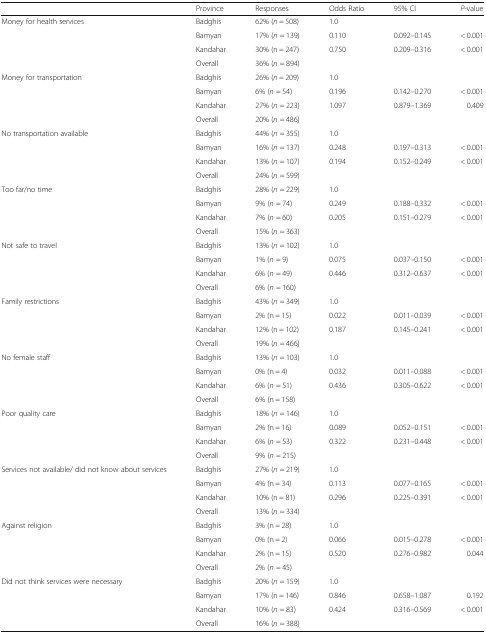
<table><thead><tr><td></td><td><b>Province</b></td><td><b>Responses</b></td><td><b>Odds Ratio</b></td><td><b>95% CI</b></td><td><b><i>P</i>-value</b></td></tr></thead><tbody><tr><td rowspan="4">Money for health services</td><td>Badghis</td><td>62% (<i>n</i> = 508)</td><td>1.0</td><td></td><td></td></tr><tr><td>Bamyan</td><td>17% (<i>n</i> = 139)</td><td>0.110</td><td>0.092–0.145</td><td>&lt; 0.001</td></tr><tr><td>Kandahar</td><td>30% (n = 247)</td><td>0.750</td><td>0.209–0.316</td><td>&lt; 0.001</td></tr><tr><td>Overall</td><td>36% (<i>n</i> = 894)</td><td></td><td></td><td></td></tr><tr><td rowspan="4">Money for transportation</td><td>Badghis</td><td>26% (<i>n</i> = 209)</td><td>1.0</td><td></td><td></td></tr><tr><td>Bamyan</td><td>6% (<i>n</i> = 54)</td><td>0.196</td><td>0.142–0.270</td><td>&lt; 0.001</td></tr><tr><td>Kandahar</td><td>27% (<i>n</i> = 223)</td><td>1.097</td><td>0.879–1.369</td><td>0.409</td></tr><tr><td>Overall</td><td>20% (<i>n</i> = 486)</td><td></td><td></td><td></td></tr><tr><td rowspan="4">No transportation available</td><td>Badghis</td><td>44% (<i>n</i> = 355)</td><td>1.0</td><td></td><td></td></tr><tr><td>Bamyan</td><td>16% (<i>n</i> = 137)</td><td>0.248</td><td>0.197–0.313</td><td>&lt; 0.001</td></tr><tr><td>Kandahar</td><td>13% (<i>n</i> = 107)</td><td>0.194</td><td>0.152–0.249</td><td>&lt; 0.001</td></tr><tr><td>Overall</td><td>24% (<i>n</i> = 599)</td><td></td><td></td><td></td></tr><tr><td rowspan="4">Too far/no time</td><td>Badghis</td><td>28% (<i>n</i> = 229)</td><td>1.0</td><td></td><td></td></tr><tr><td>Bamyan</td><td>9% (<i>n</i> = 74)</td><td>0.249</td><td>0.188–0.332</td><td>&lt; 0.001</td></tr><tr><td>Kandahar</td><td>7% (<i>n</i> = 60)</td><td>0.205</td><td>0.151–0.279</td><td>&lt; 0.001</td></tr><tr><td>Overall</td><td>15% (<i>n</i> = 363)</td><td></td><td></td><td></td></tr><tr><td rowspan="4">Not safe to travel</td><td>Badghis</td><td>13% (<i>n</i> = 102)</td><td>1.0</td><td></td><td></td></tr><tr><td>Bamyan</td><td>1% (<i>n</i> = 9)</td><td>0.075</td><td>0.037–0.150</td><td>&lt; 0.001</td></tr><tr><td>Kandahar</td><td>6% (<i>n</i> = 49)</td><td>0.446</td><td>0.312–0.637</td><td>&lt; 0.001</td></tr><tr><td>Overall</td><td>6% (<i>n</i> = 160)</td><td></td><td></td><td></td></tr><tr><td rowspan="4">Family restrictions</td><td>Badghis</td><td>43% (<i>n</i> = 349)</td><td>1.0</td><td></td><td></td></tr><tr><td>Bamyan</td><td>2% (n = 15)</td><td>0.022</td><td>0.011–0.039</td><td>&lt; 0.001</td></tr><tr><td>Kandahar</td><td>12% (n = 102)</td><td>0.187</td><td>0.145–0.241</td><td>&lt; 0.001</td></tr><tr><td>Overall</td><td>19% (<i>n</i> = 466)</td><td></td><td></td><td></td></tr><tr><td rowspan="4">No female staff</td><td>Badghis</td><td>13% (<i>n</i> = 103)</td><td>1.0</td><td></td><td></td></tr><tr><td>Bamyan</td><td>0% (n = 4)</td><td>0.032</td><td>0.011–0.088</td><td>&lt; 0.001</td></tr><tr><td>Kandahar</td><td>6% (<i>n</i> = 51)</td><td>0.436</td><td>0.305–0.622</td><td>&lt; 0.001</td></tr><tr><td>Overall</td><td>6% (n = 158)</td><td></td><td></td><td></td></tr><tr><td rowspan="4">Poor quality care</td><td>Badghis</td><td>18% (<i>n</i> = 146)</td><td>1.0</td><td></td><td></td></tr><tr><td>Bamyan</td><td>2% (n = 16)</td><td>0.089</td><td>0.052–0.151</td><td>&lt; 0.001</td></tr><tr><td>Kandahar</td><td>6% (<i>n</i> = 53)</td><td>0.322</td><td>0.231–0.448</td><td>&lt; 0.001</td></tr><tr><td>Overall</td><td>9% (<i>n</i> = 215)</td><td></td><td></td><td></td></tr><tr><td rowspan="4">Services not available/ did not know about services</td><td>Badghis</td><td>27% (<i>n</i> = 219)</td><td>1.0</td><td></td><td></td></tr><tr><td>Bamyan</td><td>4% (n = 34)</td><td>0.113</td><td>0.077–0.165</td><td>&lt; 0.001</td></tr><tr><td>Kandahar</td><td>10% (n = 81)</td><td>0.296</td><td>0.225–0.391</td><td>&lt; 0.001</td></tr><tr><td>Overall</td><td>13% (<i>n</i> = 334)</td><td></td><td></td><td></td></tr><tr><td rowspan="4">Against religion</td><td>Badghis</td><td>3% (n = 28)</td><td>1.0</td><td></td><td></td></tr><tr><td>Bamyan</td><td>0% (n = 2)</td><td>0.066</td><td>0.015–0.278</td><td>&lt; 0.001</td></tr><tr><td>Kandahar</td><td>2% (n = 15)</td><td>0.520</td><td>0.276–0.982</td><td>0.044</td></tr><tr><td>Overall</td><td>2% (<i>n</i> = 45)</td><td></td><td></td><td></td></tr><tr><td rowspan="4">Did not think services were necessary</td><td>Badghis</td><td>20% (<i>n</i> = 159)</td><td>1.0</td><td></td><td></td></tr><tr><td>Bamyan</td><td>17% (n = 146)</td><td>0.846</td><td>0.658–1.087</td><td>0.192</td></tr><tr><td>Kandahar</td><td>10% (<i>n</i> = 83)</td><td>0.424</td><td>0.316–0.569</td><td>&lt; 0.001</td></tr><tr><td>Overall</td><td>16% (<i>n</i> = 388)</td><td></td><td></td><td></td></tr></tbody></table>